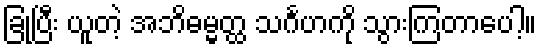
ခြုံပြီး ယူတဲ့ အဘိဓမ္မတ္ထ သင်္ဂဟကို သွားကြတာပေါ့။